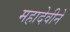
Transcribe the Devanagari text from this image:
महादेवीने